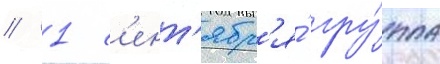
// 1 с'ент'ябр'я́ гру́ппа